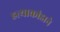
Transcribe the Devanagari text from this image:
हत्याकांडाने